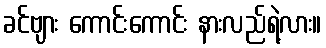
ခင်ဗျား ကောင်းကောင်း နားလည်ရဲ့လား။